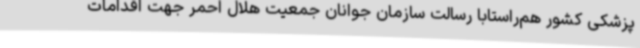
پزشکی کشور هم‌راستابا رسالت سازمان جوانان جمعیت هلال احمر جهت اقدامات